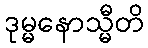
ဒုမ္မနောသ္မီတိ